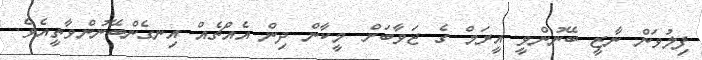
ފިލުވަން ނާޒީ ބޭނުންވީ އީރަމް ގެ ޖަވާބަށް މީކާން ދިން އެއްޗެއް އިނގެންބޭނުންވާތީއެވެ.